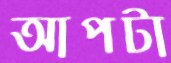
আপটা